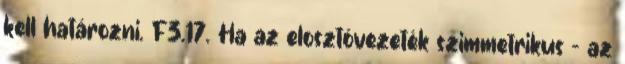
kell határozni. F3.17. Ha az elosztóvezeték szimmetrikus - az